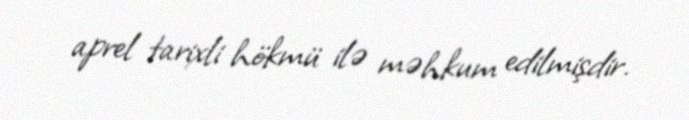
aprel tarixli hökmü ilə məhkum edilmişdir.